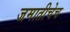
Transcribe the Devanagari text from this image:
जमातीचेच